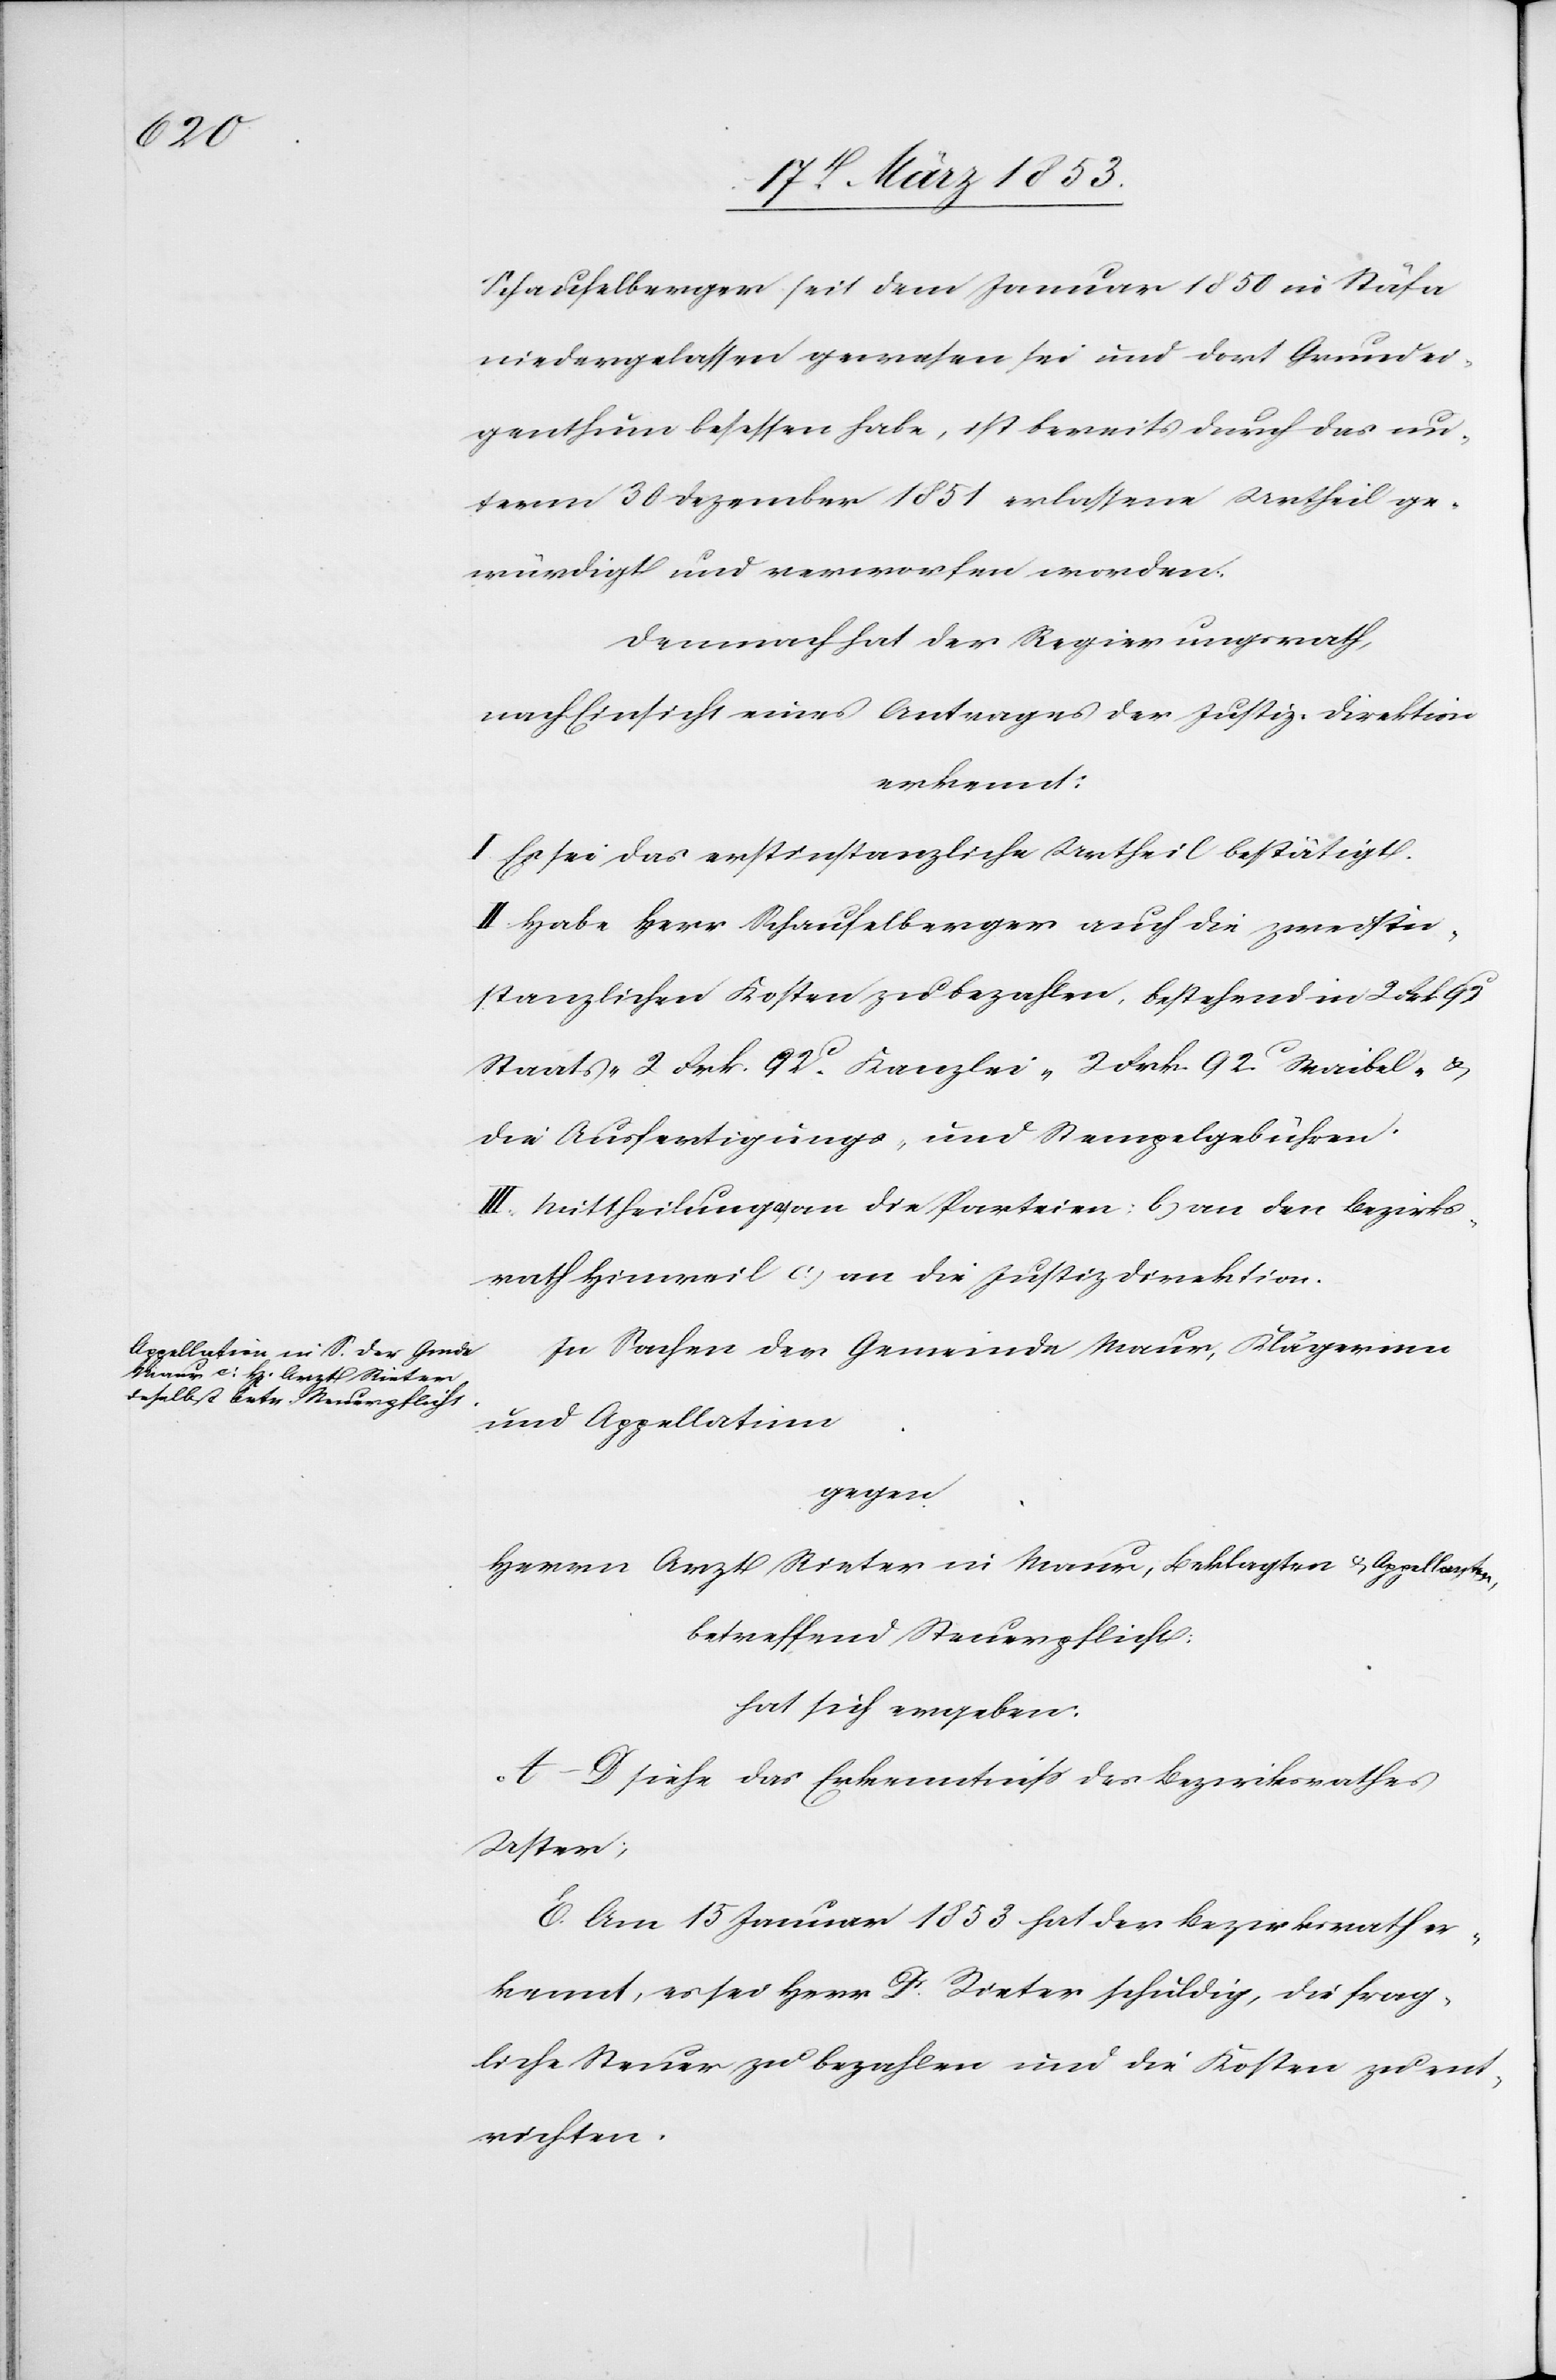
Schaufelberger seit dem Januar 1850 in Stäfa
niedergelassen gewesen sei und dort Grundei¬
genthum besessen habe, ist bereits durch das un¬
term 30 Dezember 1851 erlassene Urtheil ge¬
würdigt und verworfen worden.
Demnach hat der Regierungsrath,
nach Einsicht eines Antrages der Justiz-Direktion
erkennt:
I. Es sei das erstinstanzliche Urtheil bestätigt.
II. Habe Herr Schaufelberger auch die zweitin¬
stanzlichen Kosten zu bezahlen. Bestehend in 2. Frk. 92
Staats- 2 Frk. 92 c. Kanzlei- 2 Frk. 92 c Waibel- u.
die Ausfertigungs- u. Stempelgebühren.
III. Mittheilung a, an die Parteien: b, an den Bezirks¬
rath Hinweil c, an die Justizdirektion.
In Sachen der Gemeinde Maur, Klägerinn
und Appellatinn
gegen
Herrn Arzt Rieter in Maur, Beklagten u. Appellanten,
betreffend Steuerpflicht,
hat sich ergeben:
A–D siehe das Erkenntniß des Bezirksrathes
Uster;
E. Am 15 Januar 1853 hat der Bezirksrath er¬
kennt, es sei Herr Dr. Rieter schuldig, die frag¬
liche Steuer zu bezahlen und die Kosten zu ent¬
richten.